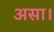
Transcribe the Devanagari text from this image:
असा।